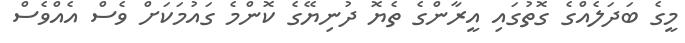
މީގެ ބަދަލެއްގެ ގޮތުގައި އީރާންގެ ތެޔޮ ދުނިޔޭގެ ކޮންމެ ގައުމަކަށް ވެސް އެއްވެސް